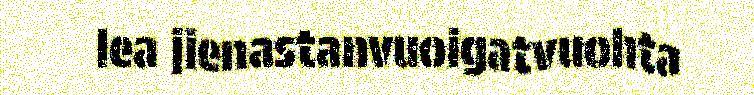
lea jienastanvuoigatvuohta